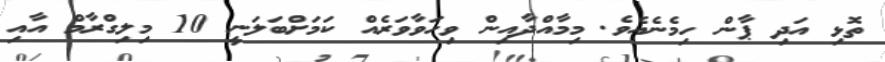
ތޮޅި އަދި ޕާން ހިމެނެއެވެ. މިމާއްދާއިން ވިހަވާވަރެއް ކަމަށްބަލަނީ 10 މިލިގްރާމް އާއި